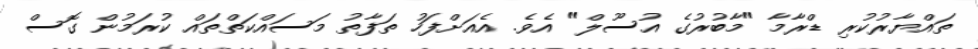
ތައްޔާރުކުރި ޑްރާމާ "މާބުރުގެ އުސޫލް" އެވެ. އެއަށްފަހު ތަފާތު މަސައްކަތްތައް ކުރަމުން ގޮސް